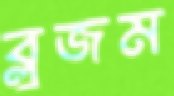
ব্লুজম